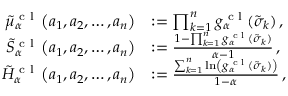
\begin{array} { r l } { \tilde { \mu } _ { \alpha } ^ { \textrm { c l } } \left( a _ { 1 } , a _ { 2 } , \dots , a _ { n } \right) } & { : = \prod _ { k = 1 } ^ { n } g _ { \alpha } ^ { \textrm { c l } } ( \tilde { \sigma } _ { k } ) \, , } \\ { \tilde { S } _ { \alpha } ^ { \textrm { c l } } \left( a _ { 1 } , a _ { 2 } , \dots , a _ { n } \right) } & { : = \frac { 1 - \prod _ { k = 1 } ^ { n } g _ { \alpha } ^ { \textrm { c l } } ( \tilde { \sigma } _ { k } ) } { \alpha - 1 } \, , } \\ { \tilde { H } _ { \alpha } ^ { \textrm { c l } } \left( a _ { 1 } , a _ { 2 } , \dots , a _ { n } \right) } & { : = \frac { \sum _ { k = 1 } ^ { n } \ln \left( g _ { \alpha } ^ { \textrm { c l } } ( \tilde { \sigma } _ { k } ) \right) } { 1 - \alpha } \, , } \end{array}